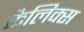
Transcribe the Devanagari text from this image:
फैलिक्स